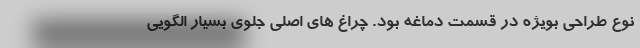
نوع طراحی بویژه در قسمت دماغه بود. چراغ های اصلی جلوی بسیار الگویی